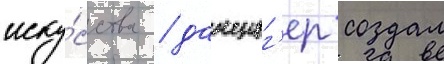
иску́сства / данциг'ер создал